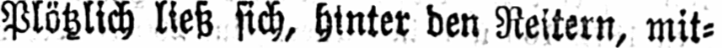
Plötzlich ließ sich, hinter den Reitern, mit⸗